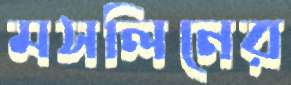
মসলিনের